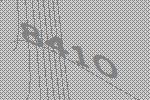
8410